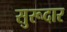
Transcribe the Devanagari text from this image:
सुरूदार